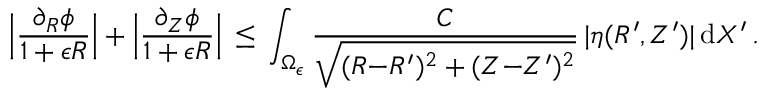
\Bigl | \frac { \partial _ { R } \phi } { 1 + \epsilon R } \Bigr | + \Bigl | \frac { \partial _ { Z } \phi } { 1 + \epsilon R } \Bigr | \, \le \, \int _ { \Omega _ { \epsilon } } \frac { C } { \sqrt { ( R { - } R ^ { \prime } ) ^ { 2 } + ( Z { - } Z ^ { \prime } ) ^ { 2 } } } \, | \eta ( R ^ { \prime } , Z ^ { \prime } ) | \, \mathrm { d } X ^ { \prime } \, .